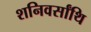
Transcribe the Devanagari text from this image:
शनिवर्सांथि